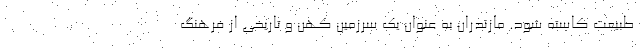
طبیعت کاسته شود. مازندران به عنوان یک سرزمین کهن و تاریخی از فرهنگ